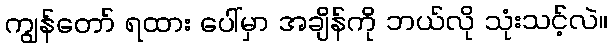
ကျွန်တော် ရထား ပေါ်မှာ အချိန်ကို ဘယ်လို သုံးသင့်လဲ။